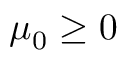
\mu _ { 0 } \geq 0